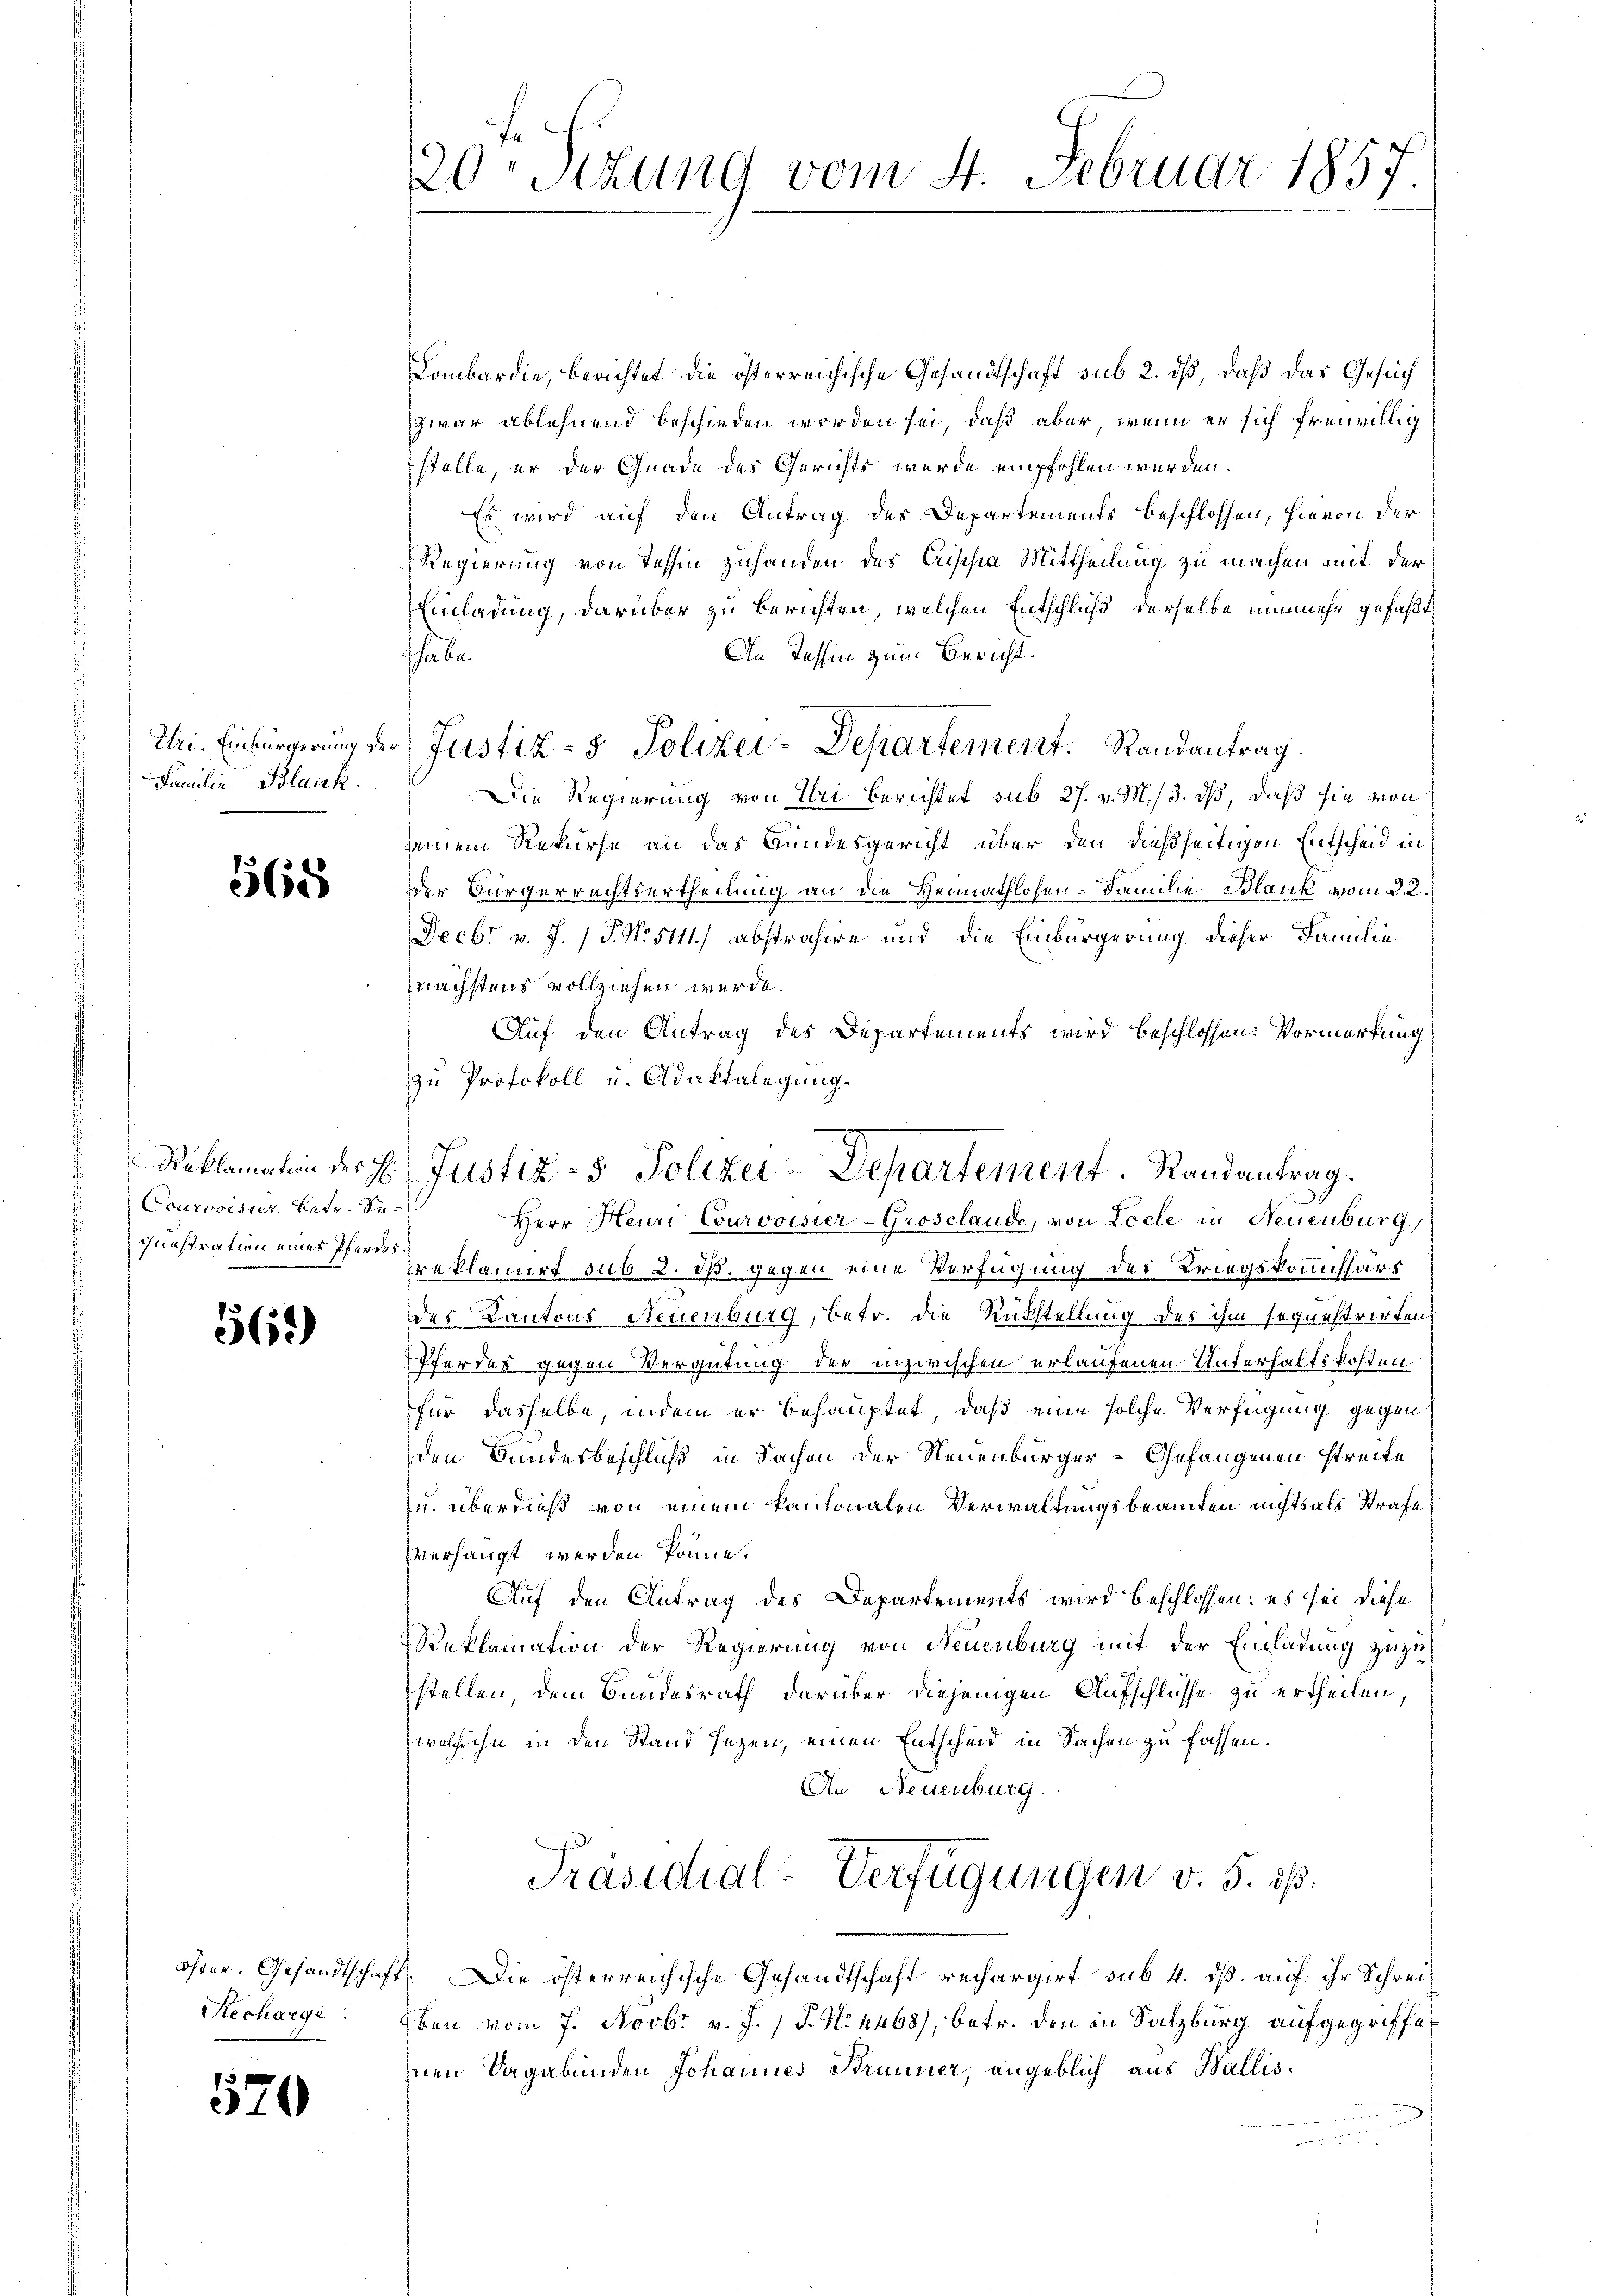
Uri. Einbürgerung de
Familie Blaick.

568

Courvoisier betr. Se¬
Junstration eines Pferdes

562)

Recharge.

570

shabe.

20 Stzung vom 4. Februar 1857.

Lombardie, berichtet die österreichische Gesandtschaft sub 2. dß, daß das Gesuch
zwar ablehnend beschieden worden sei, daß aber wenn er sich freiwillig
stelle, er der Gnade des Gerichts wurde empfohlen werden.
Es wird auf den Antrag des Departements beschlossen, hievon der
Regierung von Tessin zuhanden des Anschen Mittheilung zu machen mit der
Einladung, darüber zu berichten, welchen Entschluß derselbe nunmehr gefaßt,
An Tessin zum Bericht.
Justiz- & Polizei-Departement. Randantrag.
Die Regierung von Uri berichtet sub 27. v. M. 13. ds, daß sie von
seinem Rekurse an das Bundesgericht über den dießseitigen Entscheid in
der Bürgerrechtsertheilung an die Hermathlosen- Familie Blank vom 22.
Fecbr v. J. / P. Nr. 5111.) abstrahire und die Einbürgerung dieser Familie
nächstens vollziehen werde.
Auf den Antrag des Departements wird beschlossen: Vormerkung
zu Protokoll u. Adaktalegung.
Herr Heure Courvoisier-Grosclaude, von Loche in Neuenburg,
reklamirt sub 2. dß. gegen eine Verfügung des Kriegskommissärs
des Kantons Neuenburg, betr. die Rückstellung des ihm seguestrirten,
Pferdes gegen Vergütung der inzwischen erlaufenen Unterhaltskosten
für dasselbe, indem er behauptet, daß eine solche Verfügung gegen
den Bundesbeschluß in Sachen der Neuenburger - Gefangenen streite
u. überdieß von einem kantonalen Verwaltungsbeamten nichts als Strafe
verhängt werden könne.
Auf den Antrag des Departements wird beschlossen: es sei diese
Reklamation der Regierung von Neuenburg mit der Einladung zuzustellen, dem Bundesrath darüber diejenigen Aufschlüsse zu ertheilen
welche ihn in den Stand sezen, einen Entscheid in Sachen zu fassen.
Au Neuenburg.
Präsidial-Verfügungen v. 5. ds.
öster. Gesandtschaft. Die österreichische Gesandtschaft rechargirt sub 4. dß. auf ihr Schrei¬
Eben vom 7. Novbr. v. J. P. N. 4468), betr. den in Salzburg aufgegriffeinen Vagabunden Johannes Brunner, angeblich aus Wallis¬

Reklamation der H. Justiz- & Polizei-Departement. Randantrag.